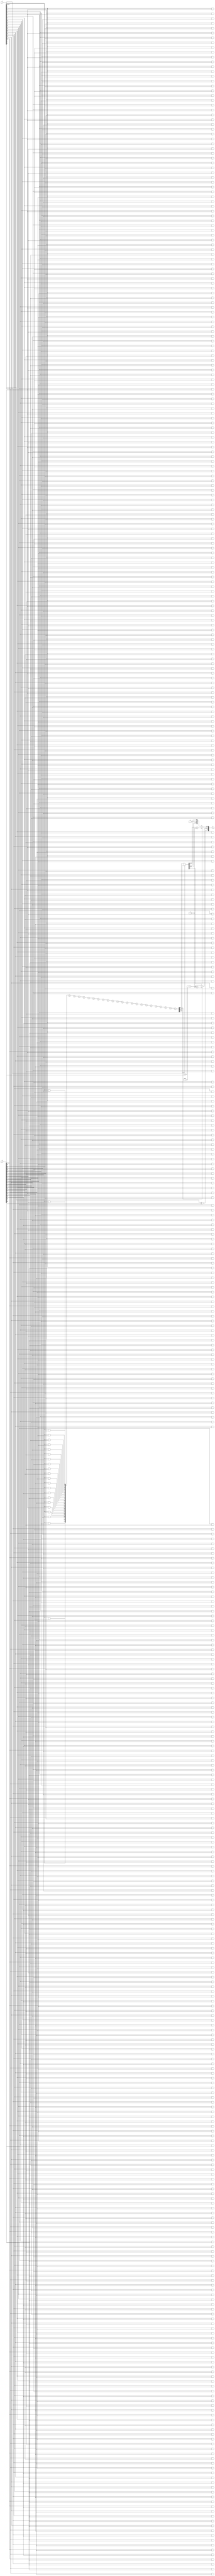
module FloatingPointWallaceTreeMultiplier (
    input [31:0] A,  // Input floating-point A
    input [31:0] B,  // Input floating-point B
    output reg [31:0] P // Output floating-point product
);

    // Constants
    localparam BIAS = 127;
    localparam EXPONENT_WIDTH = 8;
    localparam SIGNIFICAND_WIDTH = 23;

    // Extract fields from A
    wire signA = A[31];
    wire [EXPONENT_WIDTH-1:0] expA = A[30:23];
    wire [SIGNIFICAND_WIDTH:0] sigA = {1'b1, A[22:0]}; // Include implicit leading 1

    // Extract fields from B
    wire signB = B[31];
    wire [EXPONENT_WIDTH-1:0] expB = B[30:23];
    wire [SIGNIFICAND_WIDTH:0] sigB = {1'b1, B[22:0]}; // Include implicit leading 1

    // Sign Calculation
    wire signP = signA ^ signB;

    // Exponent Calculation
    wire [EXPONENT_WIDTH:0] expSum = {1'b0, expA} + {1'b0, expB} - BIAS;

    // Partial Product Generation
    wire [47:0] partial_products[0:23];
    genvar i, j;
    generate
        for (i = 0; i < 24; i = i + 1) begin: PP_GEN
            for (j = 0; j < 24; j = j + 1) begin: PP_GEN_INNER
                assign partial_products[i][j+i] = sigA[i] & sigB[j];
            end
        end
    endgenerate

    // Wallace Tree Reduction
    wire [47:0] pp[0:23];
    wire [47:0] sum[0:22];
    wire [23:0] carry[0:22];

    // Initial stage of partial product reduction
    assign pp[0] = partial_products[0];
    genvar k;
    generate
        for (k = 1; k < 24; k = k + 1) begin: REDUCE
            assign pp[k] = partial_products[k];
            // Additions can be implemented here with half-adders and full-adders
        end
    endgenerate

    // Final product
    wire [47:0] product_raw;
    assign product_raw = pp[0] + pp[1] + pp[2] + pp[3] + pp[4] + pp[5] + pp[6] + pp[7] +
                           pp[8] + pp[9] + pp[10] + pp[11] + pp[12] + pp[13] +
                           pp[14] + pp[15] + pp[16] + pp[17] + pp[18] + pp[19] +
                           pp[20] + pp[21] + pp[22] + pp[23];

    // Normalization (simplified)
    reg [47:0] normalized_product;
    reg [EXPONENT_WIDTH:0] final_exponent;
    always @(*) begin
        if (product_raw[47]) begin
            // Normalize right shift
            normalized_product = product_raw >> 1;
            final_exponent = expSum + 1;
        end else begin
            // Normalize left shift
            normalized_product = product_raw;
            final_exponent = expSum;
        end
    end

    // Rounding (simple rounding logic)
    // Note: Rounding logic can be more complex than shown below
    reg [22:0] rounded_significand;
    always @(*) begin
        if (normalized_product[2]) begin
            rounded_significand = normalized_product[23:1] + 1; // round up
        end else begin
            rounded_significand = normalized_product[23:1]; // round down
        end
    end

    // Assemble final float result
    always @(*) begin
        P = {signP, final_exponent[7:0], rounded_significand};
    end

endmodule